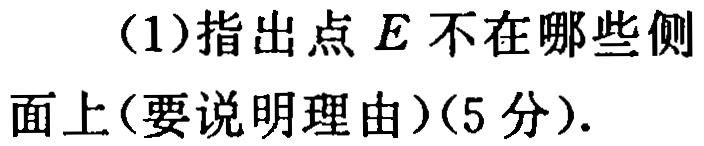
(1)指出点 \(E\) 不在哪些侧面上(要说明理由)(5分).